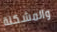
والمشكلة